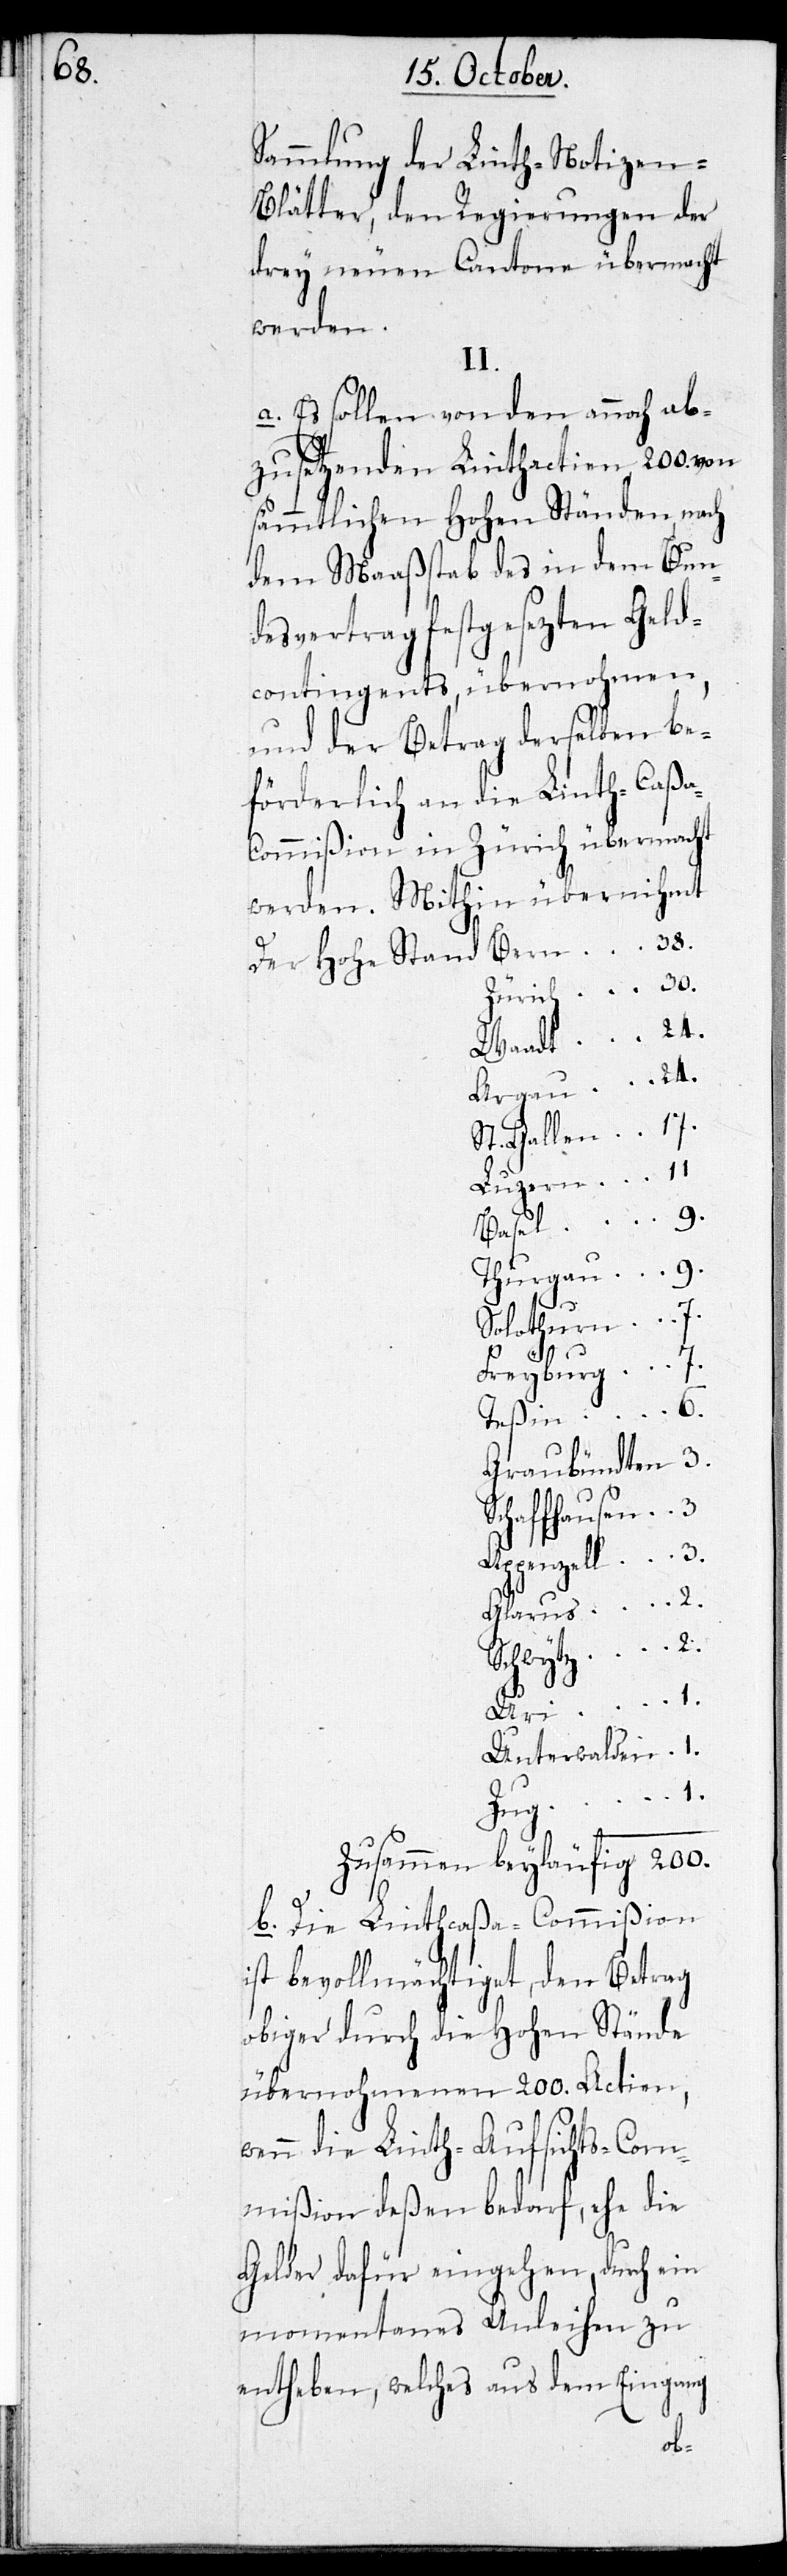
Sammlung der Linth-Notizen-B¬
lätter, den Regierungen der
drey neuen Cantone übermacht
werden.
II.
a. Es sollen von den annoch ab¬
zusetzenden Linthactien 200. von
sämmtlichen Hohen Ständen nach
dem Maaßstab des in dem Bun¬
desvertrag festgesezten Geld¬
contingents, übernohmen,
und der Betrag derselben be¬
förderlich an die Linth-Caß¬
ommißion in Zürich übermacht
werden. Mithin übernihmt
Aargau	24.
St. Gallen	17.
Luzern		11.
Thurgau	9.
der
Solothurn	7.
S¬
Freyburg	7.
Graubündten	3.
chaffhausen 3.
Appenzell	3.
Schwytz	2.
Uri		1.
Unterwalden	1.
Stand
Zusammen beyläufig	200.
b. Die Linthcaßa-Commißion
ist bevollmächtiget, den Betrag
obiger durch die Hohen Stände
übernohmenen 200. Actien,
wenn die Linth-Aufsichts-Com¬
mißion deßen bedarf, ehe die
Gelder dafür eingehen, durch ein
momentanes Anleihen zu
entheben, welches aus dem Eingang
a-C¬